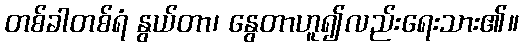
တစ်ခါတစ်ရံ နွယ်တာ၊ နွေတာဟူ၍လည်းရေးသား၏။